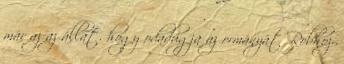
már az az állat. hogy odadugja az ormányát Robhoz.